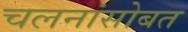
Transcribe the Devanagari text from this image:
चलनांसोबत